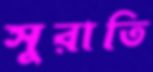
সুরাতি